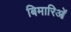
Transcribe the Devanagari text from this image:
बिमारिओं